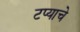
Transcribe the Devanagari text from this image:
टप्याचे